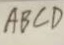
A B C D